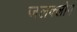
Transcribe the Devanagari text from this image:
जलक्लोम